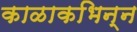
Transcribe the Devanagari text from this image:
काळाकभिन्न